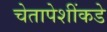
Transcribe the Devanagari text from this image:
चेतापेशींकडे